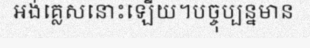
អង់គ្លេសនោះឡើយ។បច្ចុប្បន្នមាន